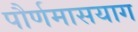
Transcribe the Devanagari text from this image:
पौर्णमासयाग